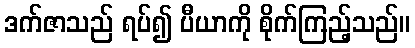
ဒက်ဇာသည် ရပ်၍ ပီယာကို စိုက်ကြည့်သည်။